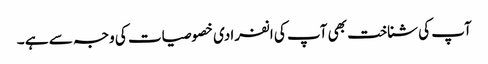
آپ کی شناخت بھی آپ کی انفرادی خصوصیات کی وجہ سے ہے ۔